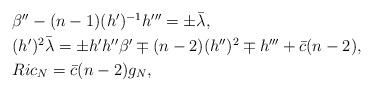
LaTeX: \begin{align*} \begin{array}{l}\beta''-(n-1)(h')^{-1}h'''=\pm \bar{\lambda},\\ \noalign{\smallskip}(h')^2\bar{\lambda}=\pm h'h''\beta'\mp (n-2)(h'')^2\mp h'''+\bar{c}(n-2),\\\noalign{\smallskip}Ric_N=\bar{c}(n-2)g_N, \end{array}\end{align*}